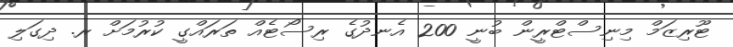
ޓޫރިޒަމް މިނިސްޓްރީން ބުނީ 200 އެނދުގެ ރިސޯޓެއް ތަރައްގީ ކުރުމަށް ރ. ދިގަލި